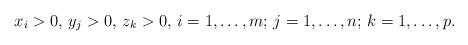
LaTeX: \begin{align*}x_{i}>0,\thinspace y_{j}>0,\thinspace z_{k}>0,\thinspace i=1,\mathellipsis, m;\thinspace j=1,\mathellipsis, n;\thinspace k=1,\mathellipsis, p.\end{align*}